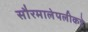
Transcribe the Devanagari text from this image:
सौरमालेपलीकडे